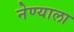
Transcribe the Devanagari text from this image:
नेण्याला